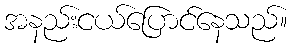
အနည်းငယ်ပြောင်နေသည်။